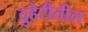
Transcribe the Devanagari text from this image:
दुहेरीतील